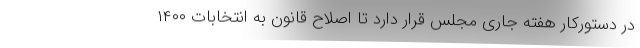
در دستورکار هفته جاری مجلس قرار دارد تا اصلاح قانون به انتخابات ۱۴۰۰